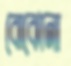
বোঝোনা